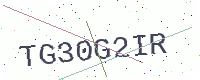
Text: TG30G2IR